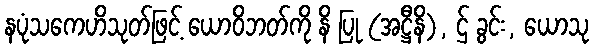
နပုံသကေဟိသုတ်ဖြင့် ယောဝိဘတ်ကို နိ ပြု (အဋ္ဌီနိ), ဌ် ခွင်း, ယောသု